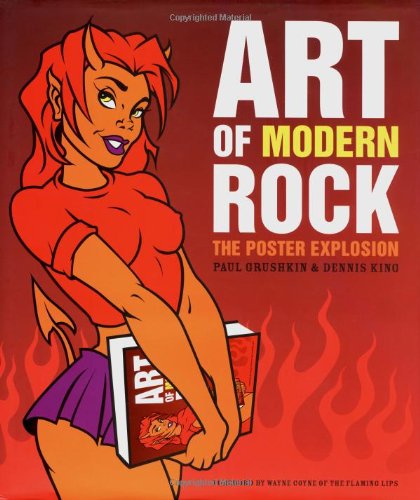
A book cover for Art of Modern Rock: The Poster Explosion; Paul Grushkin; Crafts, Hobbies & Home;